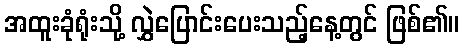
အထူးခုံရုံးသို့ လွှဲပြောင်းပေးသည့်နေ့တွင် ဖြစ်၏။